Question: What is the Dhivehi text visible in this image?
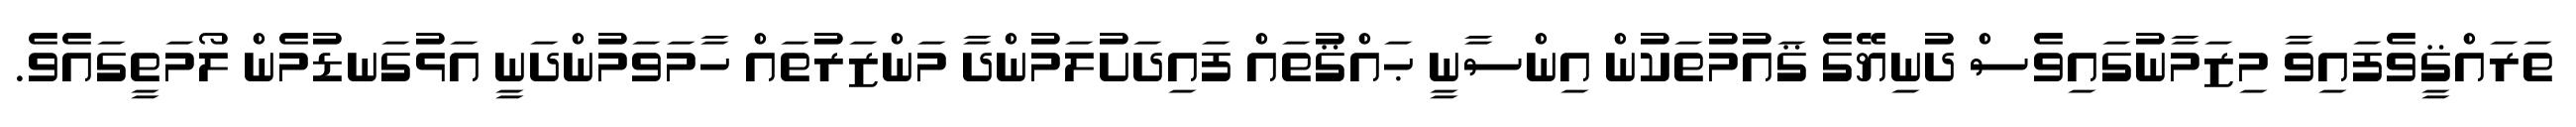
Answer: ތަރައްޤީވެފައިވާ މިޒަމާނުގައިވެސް ދުނިޔޭގެ ޤައުމުތަކުން އިންސާނީ ޙައްޤުތައް ފައިދަށުލަމުންދާ މަންޒަރުތައް ހާމަވަމުންދަނީ އަޅުގަނޑުމެން ލޯމަތީގައެވެ.